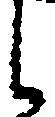
し